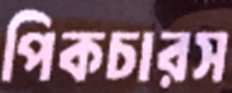
পিকচারস